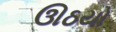
ઊઠયો